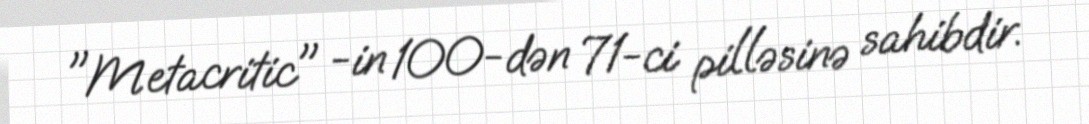
"Metacritic" -in 100-dən 71-ci pilləsinə sahibdir.